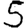
Digit: 5